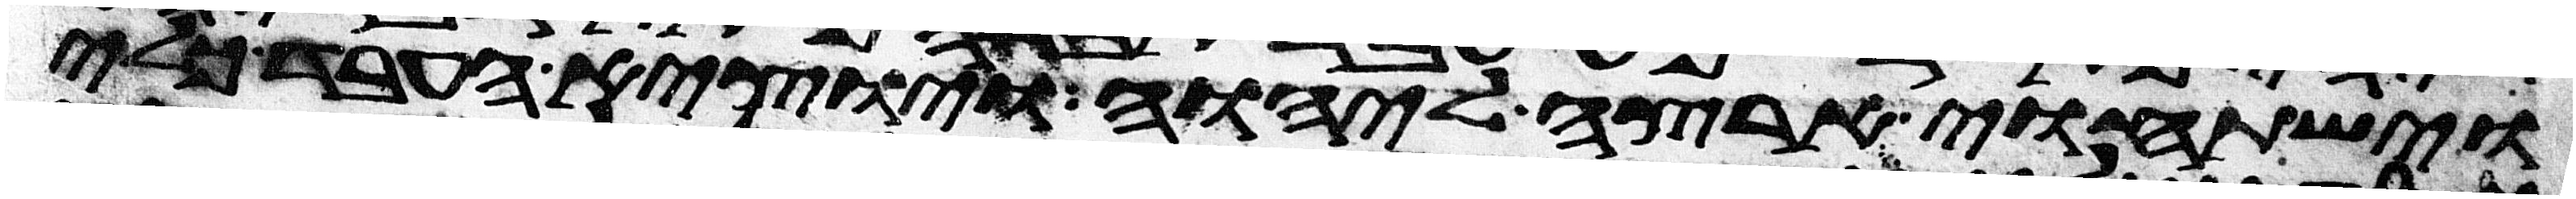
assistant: וישתחוי ארצה ליהוה ויוצא העבד כלי